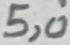
Text: 5,0